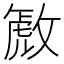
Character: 𫿋